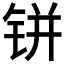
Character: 𰽼